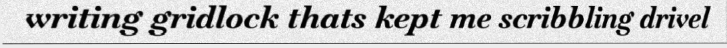
writing gridlock thats kept me scribbling drivel